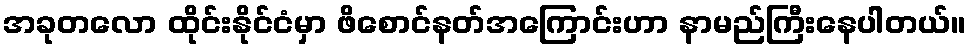
အခုတလော ထိုင်းနိုင်ငံမှာ ဖိစောင်နတ်အကြောင်းဟာ နာမည်ကြီးနေပါတယ်။